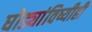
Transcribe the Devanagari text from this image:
घोड्यांविष्यीही